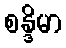
စန္ဒိမာ